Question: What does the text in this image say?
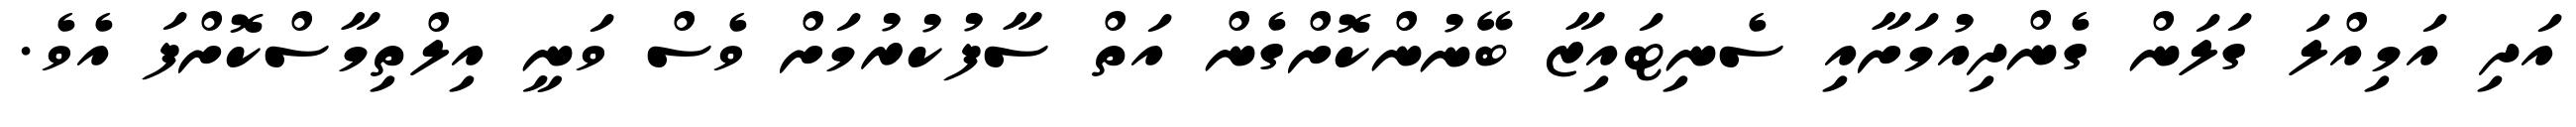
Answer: އަދި އަމިއްލަ ގަލަން ގެންދިއުމަށާއި ސެނިޓައިޒާ ބޭނުންކޮށްގެން އަތް ސާފުކުރުމަށް ވެސް ވަނީ އިލްތިމާސްކޮށްފަ އެވެ.